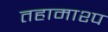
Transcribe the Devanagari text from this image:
तहामाश्प